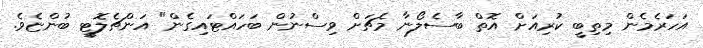
އަހަރެމެން މިތިބީ ކުރިއަށް އޮތް ބާސެލޯނާ މެޗަށް ވިސްނުން ބަހައްޓައިގެން" އަންޗެލޮޓީ ބުންޏެވެ.